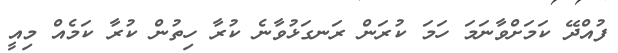
ފުއްދޭ ކަމަށްވާނަމަ ހަމަ ކުރަން ރަނގަޅުވާނެ ކުރާ ހިތުން ކުރާ ކަމެއް މިއީ